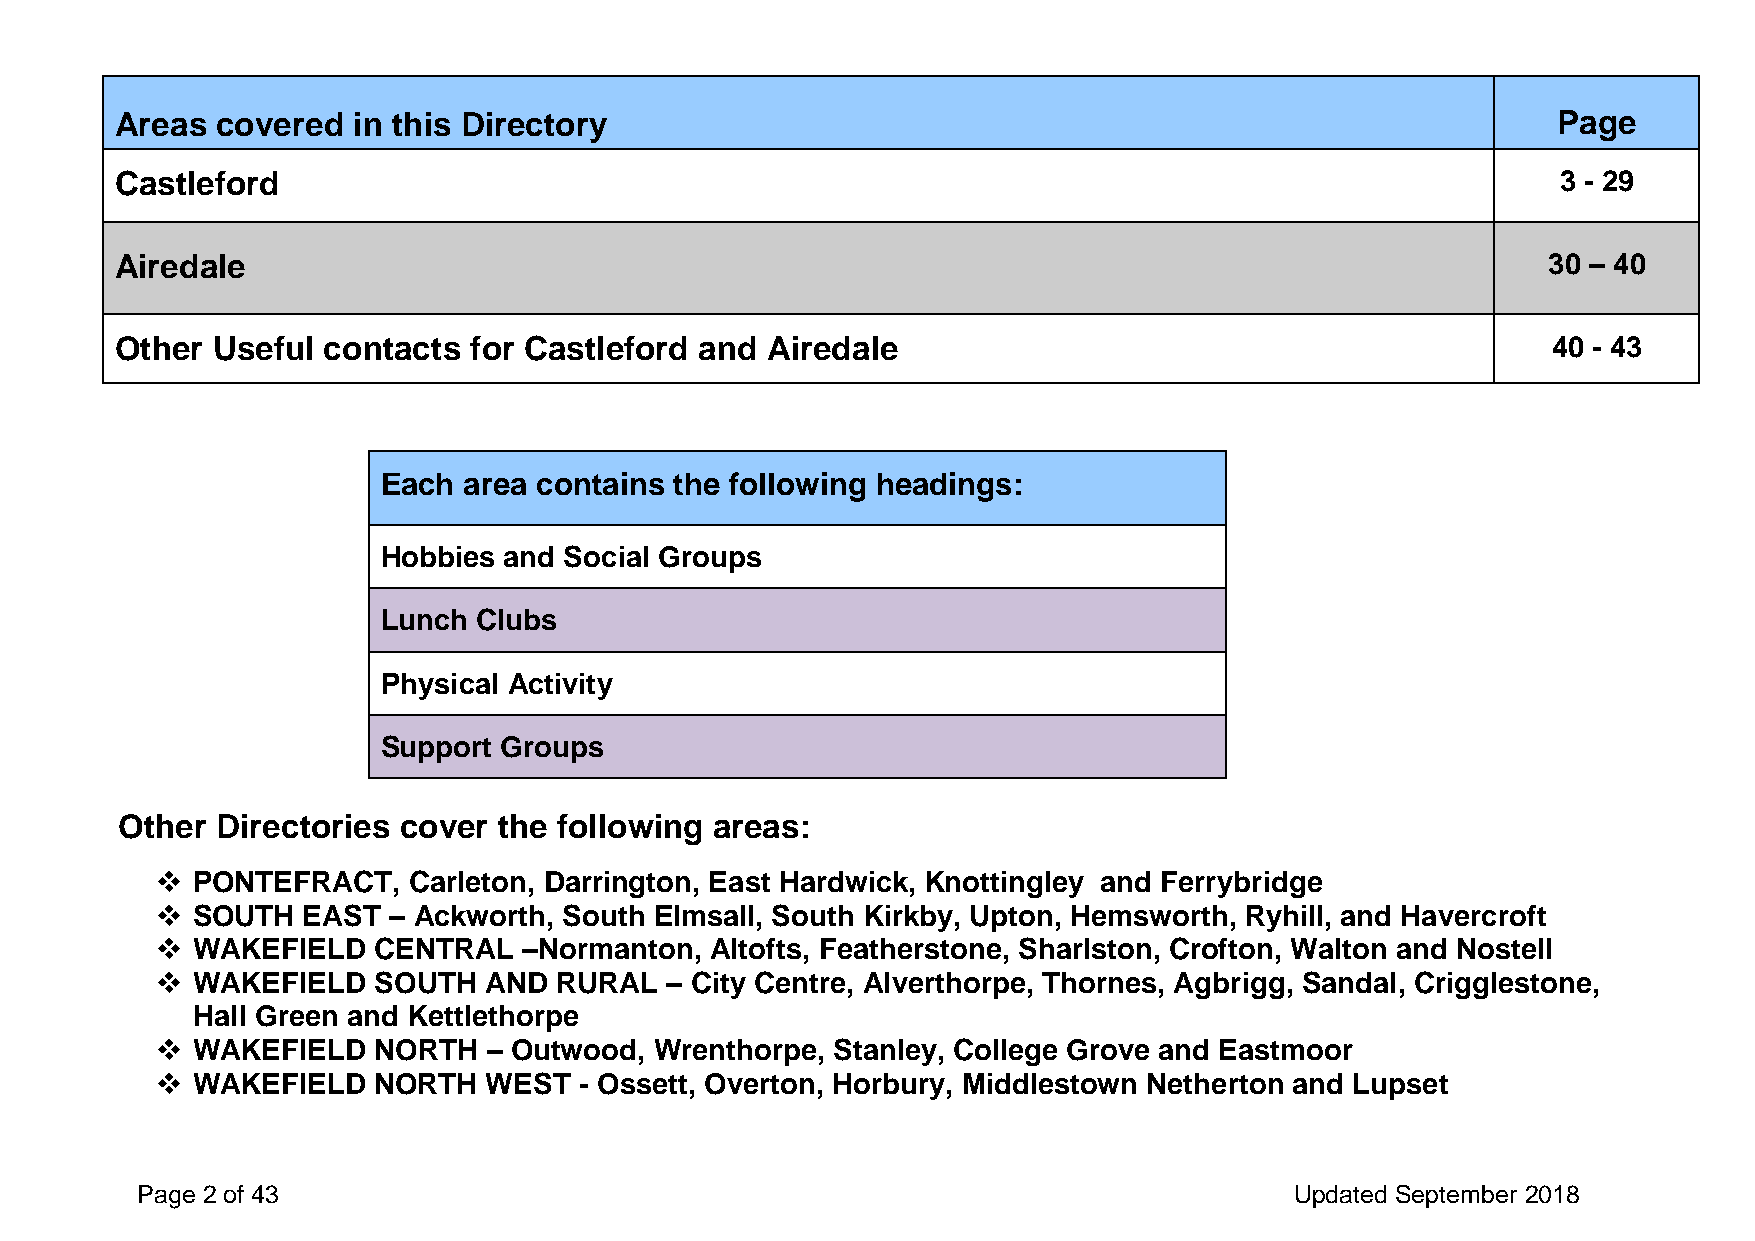
Areas covered  in this Directory                                                               Page
 Castleford                                                                                     3 - 29
 Airedale                                                                                      30 – 40
 Other Useful contacts  for Castleford and  Airedale                                            40 - 43
 Each  area contains the following headings:
 Hobbies and Social Groups
 Lunch  Clubs
 Physical Activity
 Support Groups
 Other Directories cover  the following areas:
   PONTEFRACT,   Carleton, Darrington, East Hardwick, Knottingley and Ferrybridge
   SOUTH  EAST  – Ackworth, South Elmsall, South Kirkby, Upton, Hemsworth, Ryhill, and Havercroft
   WAKEFIELD   CENTRAL   –Normanton, Altofts, Featherstone, Sharlston, Crofton, Walton and Nostell
   WAKEFIELD   SOUTH  AND  RURAL  – City Centre, Alverthorpe, Thornes, Agbrigg, Sandal, Crigglestone,
 Hall Green and Kettlethorpe
   WAKEFIELD   NORTH  – Outwood, Wrenthorpe, Stanley, College Grove and Eastmoor
   WAKEFIELD   NORTH  WEST  - Ossett, Overton, Horbury, Middlestown Netherton and Lupset
 Page 2 of 43                                                                 Updated September 2018